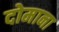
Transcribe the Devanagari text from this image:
दोमाना